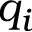
q _ { i }